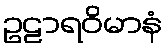
ဥဠာရဝိမာနံ